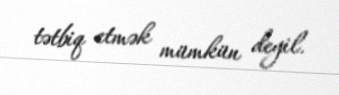
tətbiq etmək mümkün deyil.